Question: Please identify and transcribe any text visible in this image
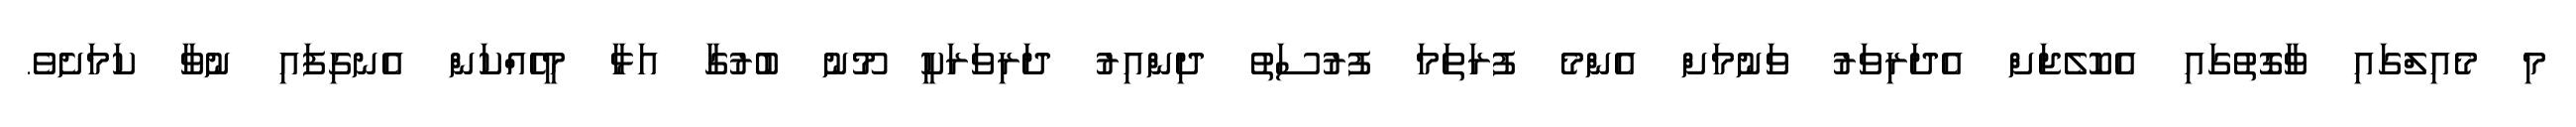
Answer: މި މެއިލްގައި ވާގޮތުގައި އެކޮލެޖަށް އެދަރިވަރު ވަނުމަށް އެންމެ ފުރަތަމަ ފުރުސަތު ދިންއިރު ދަރިވަރަކީ މޫނު ބުރުގާ އަޅާ މީހެއްކަން އެނގިފައި ނުވާ ކަމަށެވެ.